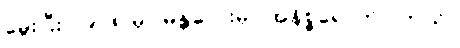
မွေးပြီး ၁၉၀၈ မှာ မန္တလေးမှာ အနိစ္စရောက်ပါတယ်။